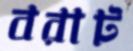
বরাট